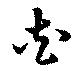
花